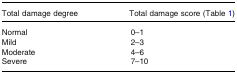
<table><thead><tr><td><b>Total damage degree</b></td><td><b>Total damage score (Table 1)</b></td></tr></thead><tbody><tr><td>Normal</td><td>0–1</td></tr><tr><td>Mild</td><td>2–3</td></tr><tr><td>Moderate</td><td>4–6</td></tr><tr><td>Severe</td><td>7–10</td></tr></tbody></table>